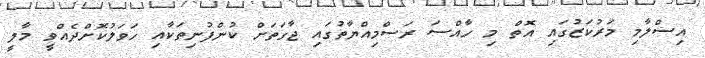
އިސްލާމި މަރުކަޒުގައި އޮތް މި ހާއްސަ ރަސްމިއްޔާތުގައި ޖާގަތަށް ކުންފުނިތަކާއި ހަވަލުކޮށްދެއްވީ މާލީ